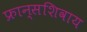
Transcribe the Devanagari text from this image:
फ्रान्सशिवाय